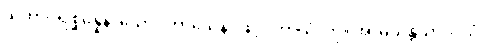
ယထာပရိစ္ဆိန္နေန၊ သော။ ကာယေန၊ ဖြင့်။ ကာယံ၊ ကို။ အာမသန္တိယာပိ၊ သုံ